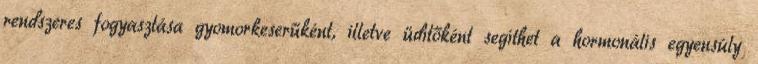
rendszeres fogyasztása gyomorkeserűként, illetve üdítőként segíthet a hormonális egyensúly